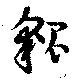
貔